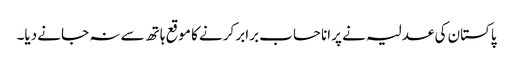
پاکستان کی عدلیہ نے پرانا حساب برابر کرنے کا موقع ہاتھ سے نہ جانے دیا۔